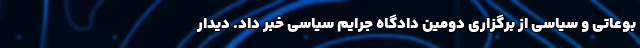
بوعاتی و سیاسی از برگزاری دومین دادگاه جرایم سیاسی خبر داد. دیدار